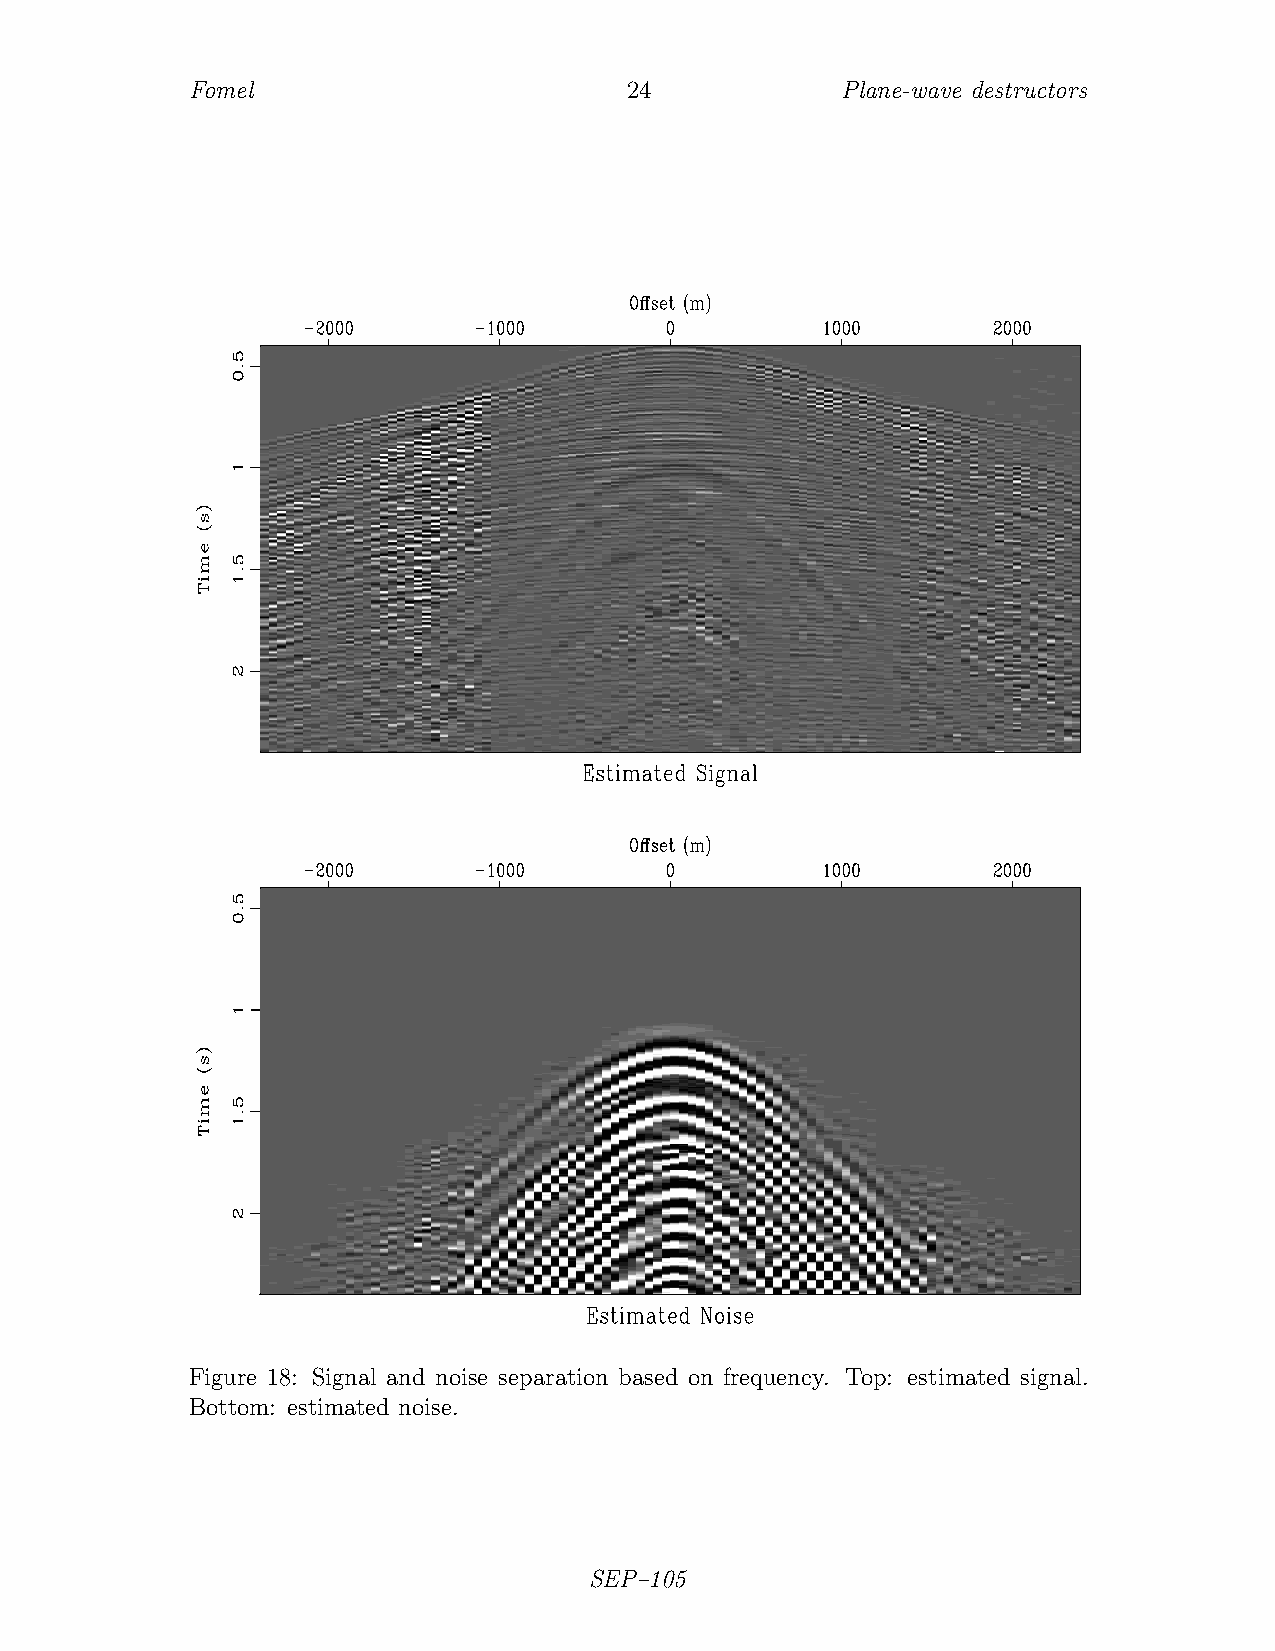
Fomel                       24             Plane-wave destructors
 Figure 18: Signal and noise separation based on frequency. Top: estimated signal.
 Bottom: estimated noise.
 SEP–105